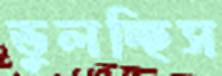
ভুলচ্ছিস